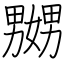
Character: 嬲